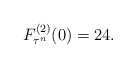
\begin{align*}F_{\tau^n}^{(2)}(0)=24.\end{align*}